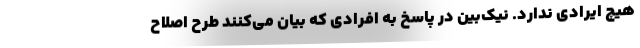
هیچ ایرادی ندارد. نیک‌بین در پاسخ به افرادی که بیان می‌کنند طرح اصلاح